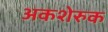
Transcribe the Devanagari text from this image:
अकशेरुक